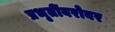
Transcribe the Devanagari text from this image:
प्रभृतींबरोबर